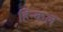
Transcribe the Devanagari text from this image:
हिन्कल